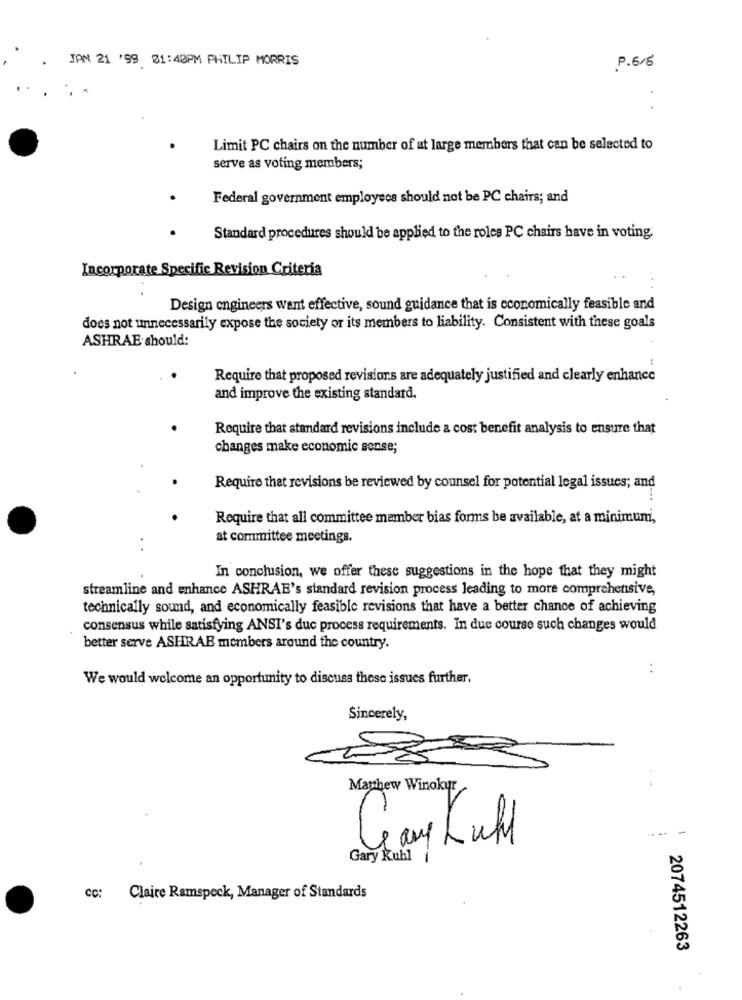
JAN 21 '99 01:40PM PHILIP MORRIS
P.6/6
..
Limit PC chairs on the number of at large members that can be selected to
serve as voting members;
Federal government employees should not be PC chairs; and
Standard procedures should be applied to the roles PC chairs have in voting
Incorporate Specific Revision Criteria
Design engineers want effective, sound guidance that is economically feasible and
does not unnecessarily expose the society or its members to liability. Consistent with these goals
ASHRAE should:
Require that proposed revisions are adequately justified and clearly enhance
and improve the existing standard.
Require that standard revisions include a cost benefit analysis to ensure that
changes make economic sense;
Require that revisions be reviewed by counsel for potential legal issues; and
Require that all committee member bias forms be available, at a minimumi,
at committee meetings.
In conclusion, we offer these suggestions in the hope that they might
streamline and enhance ASHRAE's standard revision process leading to more comprehensive,
technically sound, and economically feasible revisions that have a better chance of achieving
consensus while satisfying ANSI's due process requirements. In due course such changes would
better serve ASHRAB members around the country.
:
We would welcome an opportunity to discuss these issues further.
Sincerely,
Matthew Winokur
----
Car Kull
Gary Kuhl
CC:
Claire Ramspeck, Manager of Standards
2074512263